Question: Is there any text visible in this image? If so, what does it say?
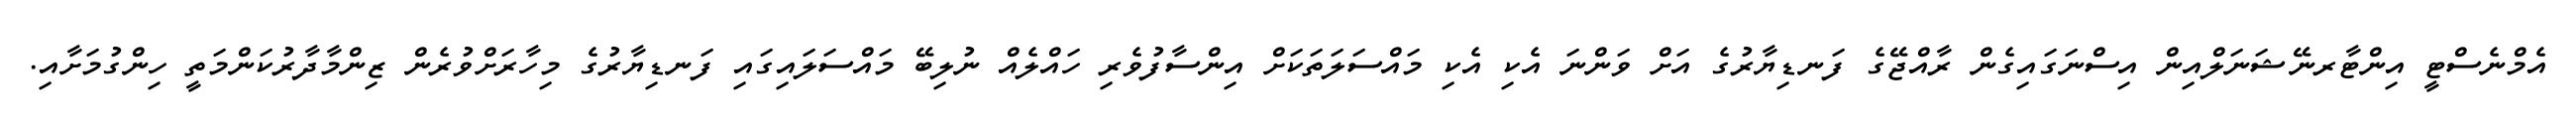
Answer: އެމްނެސްޓީ އިންޓާރނޭޝަނަލްއިން އިސްނަގައިގެން ރާއްޖޭގެ ފަނޑިޔާރުގެ އަށް ވަންނަ އެކި އެކި މައްސަލަތަކަށް އިންސާފުވެރި ހައްލެއް ނުލިބޭ މައްސަލައިގައި ފަނޑިޔާރުގެ މިހާރަށްވުރެން ޒިންމާދާރުކަންމަތީ ހިންގުމަށާއި.